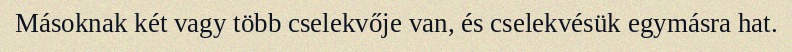
Másoknak két vagy több cselekvője van, és cselekvésük egymásra hat.